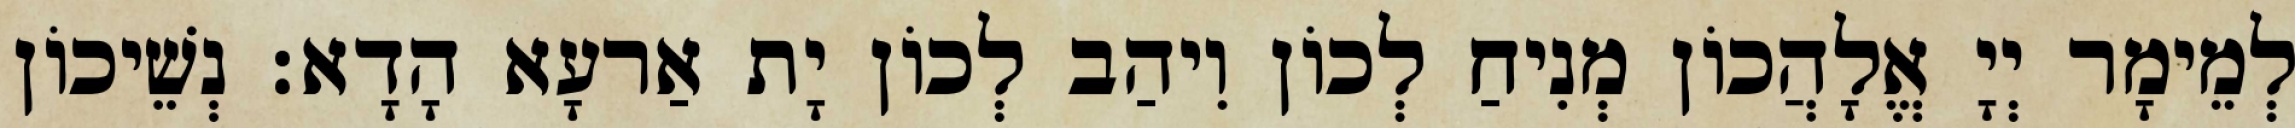
לְמֵימָר יְיָ אֱלָהֲכוֹן מְנִיחַ לְכוֹן וִיהַב לְכוֹן יָת אַרעָא הָדָא׃ נְשֵׁיכוֹן